Lunatic asylums Central Provinces reports 1886-1894 - 1886-1894
Year: 1886
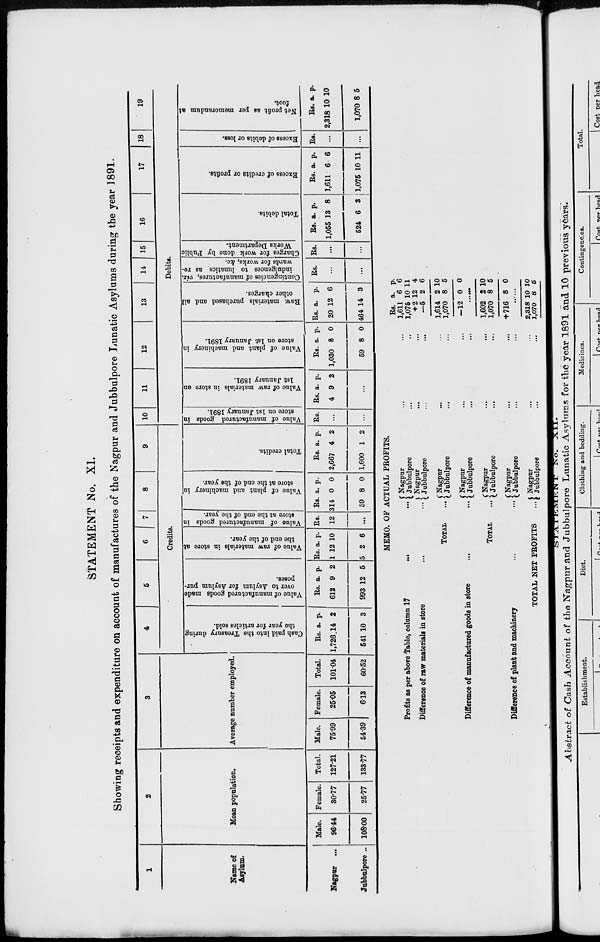
STATEMENT No. XI.
Showing receipts and expenditure on account of manufactures of the Nagpur and Jubbulpore Lunatic Asylums during the year 1891.
1
Name of
Asylum.
Nagpur ...
Jubbulpore ..
2
Mean population.
Male.
96.44
108.00
Female.
30.77
25.77
Total.
127.21
133.77
3
Average number employed.
Male.
75.99
54.39
Female.
25.05
6.13
Total.
101.04
60.52
4
5
6 7 8 9
Credits.
Cash paid into the Treasury during
the year for articles sold.
Rs
1,726
541
a.
14
10
p.
2
3
Value of manufactured goods made
over to Asylum for Asylum pur-
poses.
Rs
612
993
a.
9
12
p.
2
5
Value
of raw materials in store at
the end of the year.
Rs.
1
5
a.
12
2
p.
10
6
Value of manufactured goods in
store
at the end of the
year.
Rs.
12
...
Value of plant and machinery in
store at the end of the year.
Rs.
314
59
a.
0
8
p.
0
0
Total credits.
Rs.
2,667
1,600
a.
4
1
p.
2
2
10
11
12
13
14
15
16
17
18 19
Debits.
Value of manufactured goods in
store on 1st January 1891.
Rs.
...
...
Value of raw materials in store on
1st January 1891.
Rs.
4
a.
9
p.
2
...
Value of plant and machinery in
store on 1st January 1891.
Rs.
1,030
59
a.
8
8
p.
0
0
Raw.
materials purchased and all
other charges.
Rs.
20
164
a.
12
14
p.
6
3
Contingencies of manufactures, viz.
indulgences to lunatics as re-
wards for works, &c.
Rs.
...
...
Charges for work done by Public
Works Department.
Rs.
...
...
Total debits.
Rs.
1,055
524
a.
13
6
p.
8
3
Excess of credits or profits.
Rs.
1,611
1,075
a.
6
10
p.
6
11
Excess of debits or loss.
Rs.
...
...
Net profit as per memorandum at
foot.
Rs
2,318
1,07
a.
10
98
p.
10
5
MEMO. OF ACTUAL PROFITS.
Profits as per above Table, column 17
...
...
Difference of raw materials in store
...
...
TOTAL ...
Difference of manufactured goods in store ...
TOTAL ...
Difference of plant and machinery ... ...
TOTAL NET PROFITS
...
Nagpur ... ...
Jubbulpore ... ...
Nagpur ... ...
Jubbulpore
...
...
Nagpur ... ...
Jubbulpore ... ...
Nagpur ... ...
Jubbulpore ... ...
Nagpur ... ...
Jubbulpore ... ...
Nagpur ... ...
Jubbulpore ... ...
Nagpur ... ...
Jubbulpore
...
...
Rs.
1,611
1,076
+ 2
—5
1,614
1,070
—12
a.
6
10
12
2
2
8
0
p.
6
11
4
6
10
5
0
......
1,602
1,070
+716
2
8
8
10
5
0
......
2,318
1,070
10
8
10
5